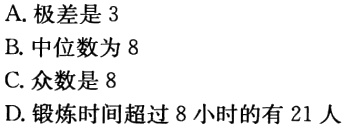
A. 极差是3
B. 中位数为8
C. 众数是8
D. 锻炼时间超过8小时的有21人